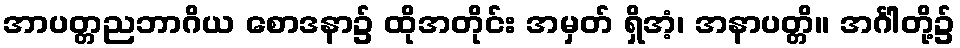
အာပတ္တညဘာဂိယ စောဒနာ၌ ထိုအတိုင်း အမှတ် ရှိအံ့၊ အနာပတ္တိ။ အင်္ဂါတို့၌